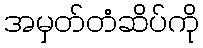
အမှတ်တံဆိပ်ကို